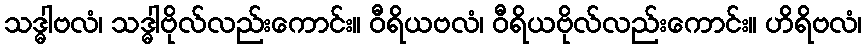
သဒ္ဓါဗလံ၊ သဒ္ဓါဗိုလ်လည်းကောင်း။ ဝီရိယဗလံ၊ ဝီရိယဗိုလ်လည်းကောင်း။ ဟိရိဗလံ၊